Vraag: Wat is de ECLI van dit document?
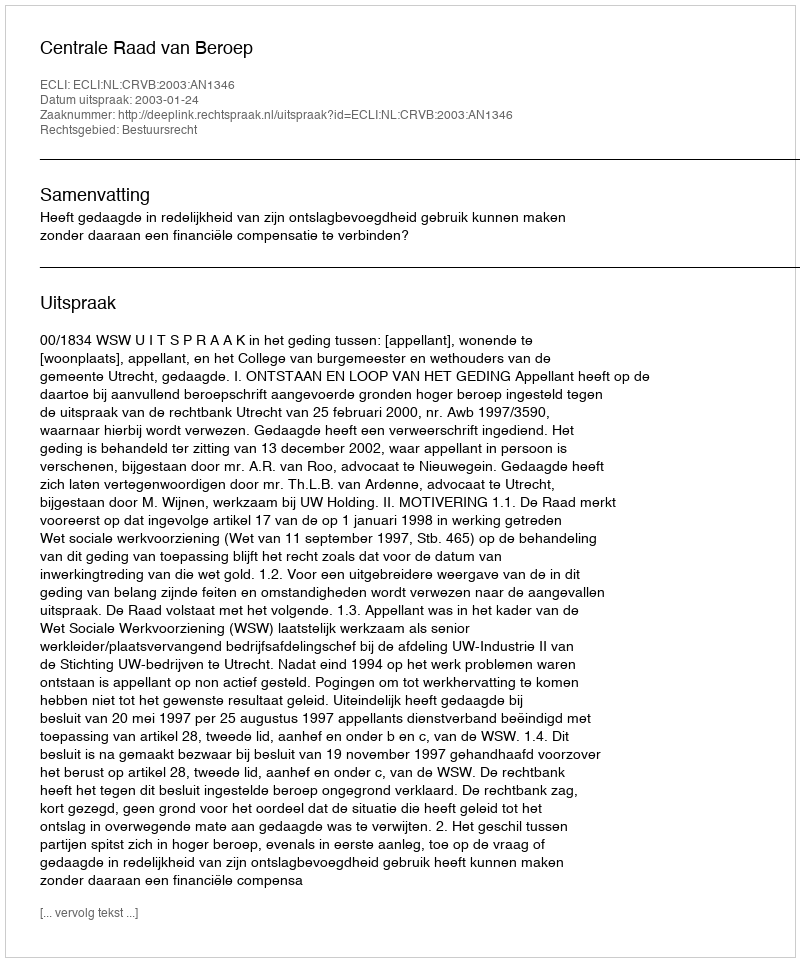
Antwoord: ECLI:NL:CRVB:2003:AN1346